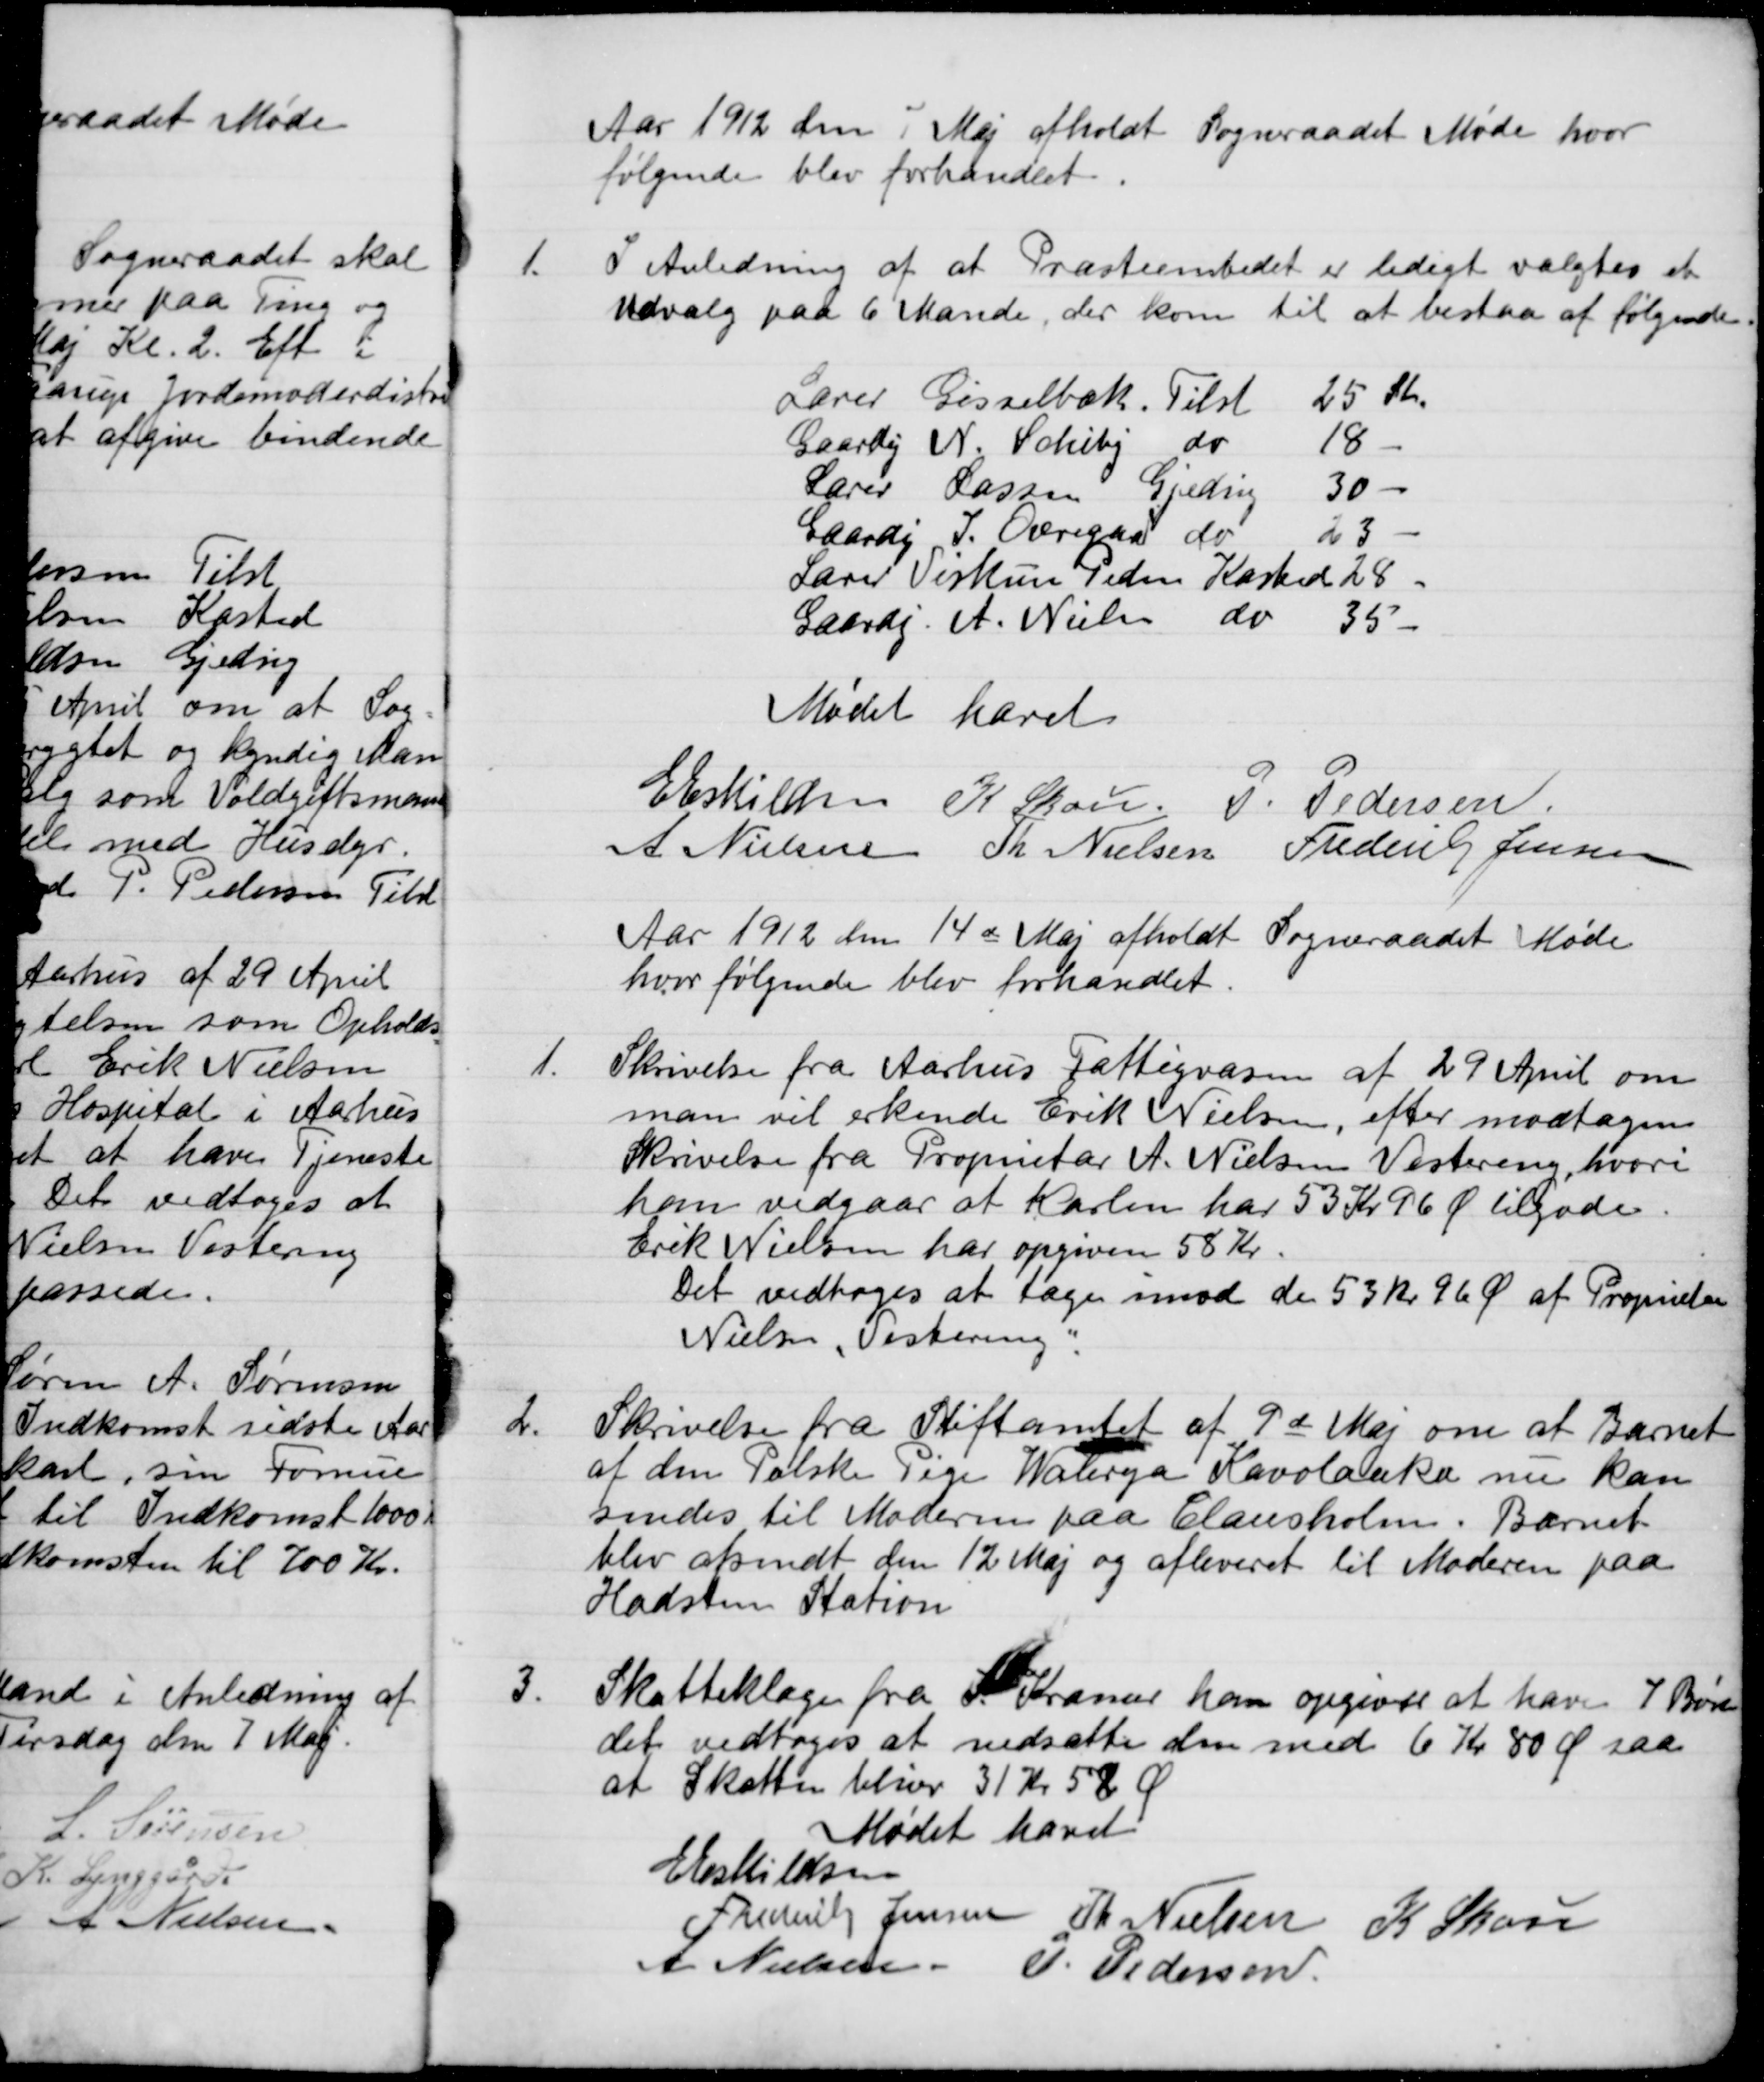
Transskription:
Aar 1912 den 1 Maj afholdt Sogneraadet Møde hvor
følgende blev forhandlet
1.
I Anledning af at Præsteembedet er ledigt valgtes et
Udvalg paa 6 Mand, der kom til at bestaa af følgende
Lærer Gisselbæk
Tilst
15 kr
Gaardej N. Schiby
do
18
Lærer Lassen
Gjeding
30 -
Gaardj J. Overgaard
do
23
Lærer Viskum Peder
Kasted
28
Gaard. A. Nielsen
do
35
Mødet hævet
E Eskildsen
K. Skou
P. Pedersen
A Nielsen
Th. Nielsen
Frederik Jensen

Aar 1912 den 14de Maj afholdt Sogneraadet Møde
hvor følgende blev forhandlet.
1.
Skrivelse fra Aarhus Fattigvæsen af 29 April om
man vil erkende Erik Nielsen, efter modtagen
Skrivelse fra Proprietær A. Nielsen Vestereng, hvori
han vedgaar at karlen har 53 Kr 96 Ø tilgode.
Erik Nielsen har opgiven 58 Kr.
Det vedtoges at tage imod de 53 kr. 96 Ø af Proprietær
Nielsen, Vestereng.
2.
Skrivelse fra Stiftamtet af 9de Maj om at Barnet
af den Polske Pige Walerya Kavolanka nu kan
sendes til Moderen paa Clausholm. Barnet
blev afsendt den 12 Maj og afleveret til Moderen paa
Hadsten Station
3.
Skatteklage fra F Kramer han opgives at have 7 Børn
det vedtoges at nedsætte den med 6 Kr 80 Ø saa
at Skatten bliver 31 Kr 58 Ø
Mødet hævet
E Eskildsen
Frederik Jensen
Th. Nielsen
K. Skou
A Nielsen
P. Pedersen